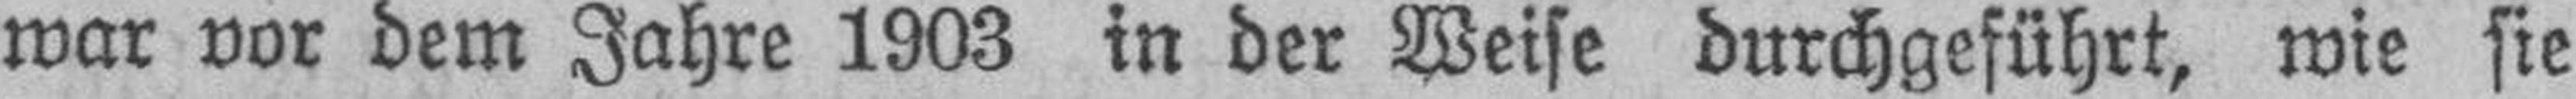
war vor dem Jahre 1903 in der Weise durchgeführt, wie sie